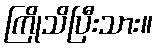
ကြိုသိပြီးသား။